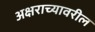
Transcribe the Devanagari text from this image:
अक्षराच्यावरील